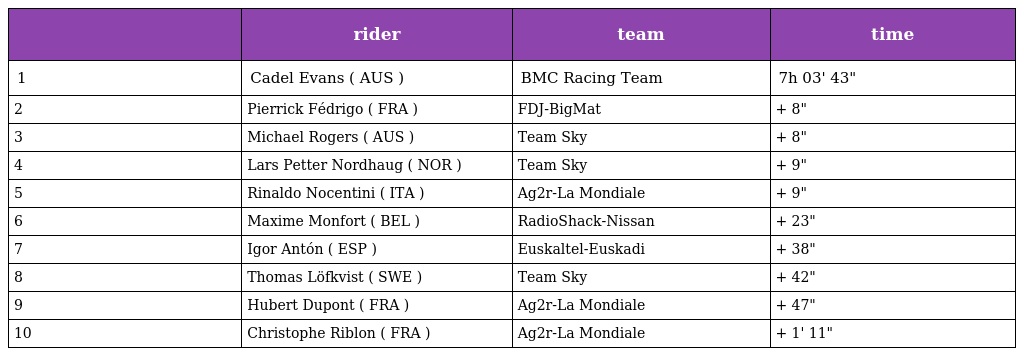
|  | rider | team | time |
 | --- | --- | --- | --- |
 | 1 | Cadel Evans ( AUS ) | BMC Racing Team | 7h 03' 43" |
 | 2 | Pierrick Fédrigo ( FRA ) | FDJ-BigMat | + 8" |
 | 3 | Michael Rogers ( AUS ) | Team Sky | + 8" |
 | 4 | Lars Petter Nordhaug ( NOR ) | Team Sky | + 9" |
 | 5 | Rinaldo Nocentini ( ITA ) | Ag2r-La Mondiale | + 9" |
 | 6 | Maxime Monfort ( BEL ) | RadioShack-Nissan | + 23" |
 | 7 | Igor Antón ( ESP ) | Euskaltel-Euskadi | + 38" |
 | 8 | Thomas Löfkvist ( SWE ) | Team Sky | + 42" |
 | 9 | Hubert Dupont ( FRA ) | Ag2r-La Mondiale | + 47" |
 | 10 | Christophe Riblon ( FRA ) | Ag2r-La Mondiale | + 1' 11" |